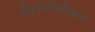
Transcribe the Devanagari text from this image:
लोकोमोटीव्हस